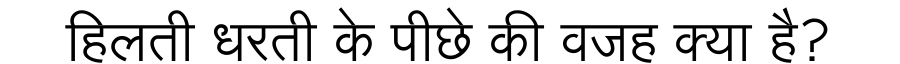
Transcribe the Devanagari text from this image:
हिलती धरती के पीछे की वजह क्या है?